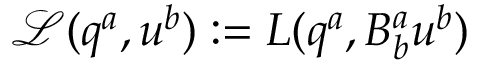
\mathcal { L } ( q ^ { a } , u ^ { b } ) : = L ( q ^ { a } , B _ { b } ^ { a } u ^ { b } )